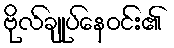
ဗိုလ်ချုပ်နေဝင်း၏